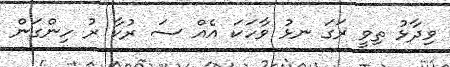
ވިދާޅު ތިވީ ރަގަ ނޅު ވާހަކަ އެއް ސަ ރުކާ ރު ހިންގަން